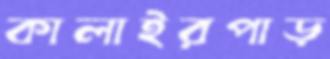
কালাইরপাড়